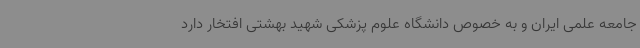
جامعه علمی ایران و به خصوص دانشگاه علوم پزشکی شهید بهشتی افتخار دارد